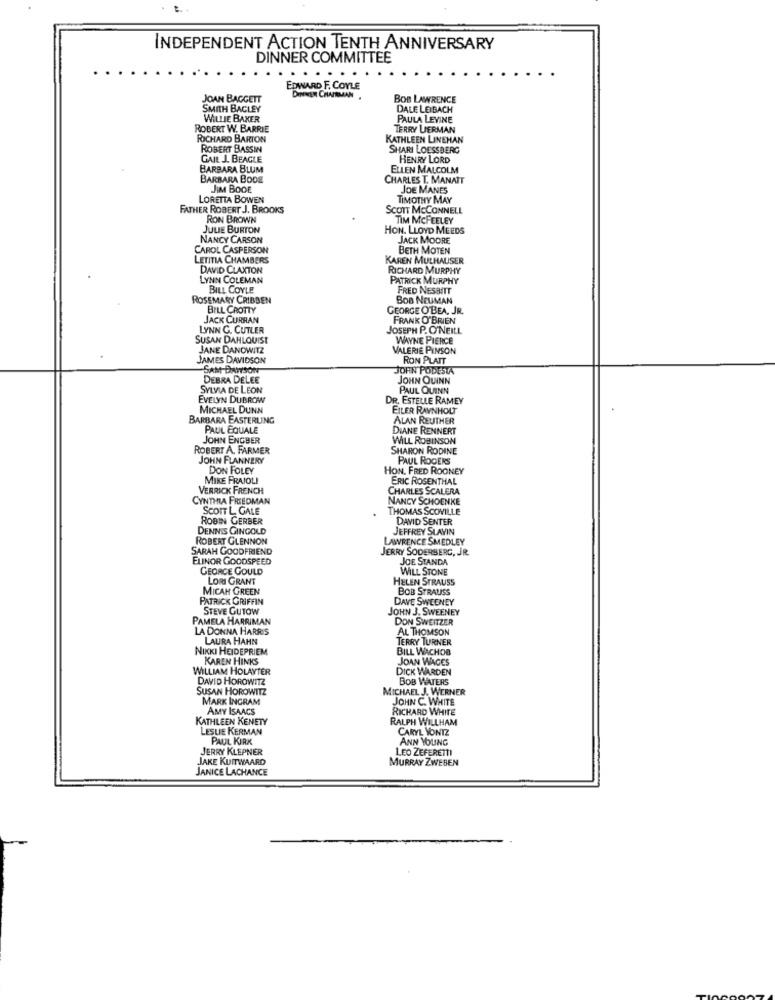
INDEPENDENT ACTION TENTH ANNIVERSARY
DINNER COMMITTEE
.......
EDWARD F. COMLE
JOAN BAGGETT
DINNER CHAIRMAN .
BOB LAWRENCE
SMITH BAGLEY
DALE LEIBACH
WILLIE BAKER
PAULA LEVINE
ROBERT W. BARRIE
TERRY LERMAN
RICHARD BARTON
KATHLEEN LINEHAN
ROBERT BASSIN
SHARI LOESSBERG
GAIL J. BEAGLE
HENRY LORD
BARBARA BLUM
ELLEN MALCOLM
BARBARA BODE
CHARLES T. MANAIT
JIM BODE
JOE MANES
LORETTA BOWEN
TIMOTHY MAY
FATHER ROBERT J. BROOKS
SCOTT MCCONNELL
RON BROWN
TIM MCFEELEY
JULIE BURTON
HON. LLOYD MEEDS
NANCY CARSON
JACK MOORE
CAROL CASPERSON
BETH MOTEN
LETITIA CHAMBERS
KAREN MULHALISER
DAVID CLAXTON
RICHARD MURPHY
LYNN COLEMAN
PATRICK MURPHY
BILL COYLE
FRED NESBITT
ROSEMARY CRIBBEN
BOB NEUMAN
BILL CROTTY
GEORGE O'BEA, JR.
JACK CURRAN
FRANK O'BRIEN
LYNN G. CUTLER
JOSEPH P. O'NEILL
SUSAN DAHLQUIST
WAYNE PIERCE
JANE DANOWITZ
VALERIE PINSON
JAMES DAVIDSON
RON PLATT
-SAM-DAWSON
JOHN PODESTA
DEBRA DELEE
JOHN QUINN
SYLVIA DE LEON
PAUL QUINN
EVELYN DUBROW
DR. ESTELLE RAMEY
MICHAEL DUNN
EILER RAVNHOLT
BARBARA EASTERLING
ALAN REUTHER
PAUL EQUALE
DIANE RENNERT
JOHN ENGBER
WILL ROBINSON
ROBERT A. FARMER
SHARON RODINE
JOHN FLANNERY
PAUL ROGERS
DON FOLEY
HON. FRED ROONEY
MIKE FRAIOLI
ERIC ROSENTHAL
VERRICK FRENCH
CHARLES SCALERA
CYNTHIA FRIEDMAN
NANCY SCHOENKE
SCOTT L GALE
THOMAS SCOVILLE
ROBIN GERBER
DAVID SENTER
DENNIS GINGOLD
JEFFREY SLAVIN
ROBERT GLENNON
LAWRENCE SMEDLEY
SARAH GOODFRIEND
JERRY SODERBERG, JR.
ELINOR GOODSPEED
JOE STANDA
GEORGE GOULD
WILL STONE
LORI GRANT
HELEN STRAUSS
MICAH GREEN
BOB STRAUSS
PATRICK GRIFFIN
DAVE SWEENEY
STEVE GUTOW
JOHN J. SWEENEY
PAMELA HARRIMAN
DON SWEITZER
LA DONNA HARRIS
AL THOMSON
LAURA HAHN
TERRY TURNER
NIKKI HEIDEPRIEM
BILL WACHOB
KAREN HINKS
JOAN WAGES
WILLIAM HOLAYTER
DICK WARDEN
DAVID HOROWITZ
BOB WATERS
SUSAN HOROWITZ
MICHAEL J. WERNER
MARK INGRAM
JOHN C. WHITE
AMY ISAACS
RICHARD WHITE
KATHLEEN KENETY
RALPH WILLHAM
LESLIE KERMAN
CARYL WONTZ
PAUL KIRK
ANN YOUNG
JERRY KLEPNER
LEO ZEFERETTI
JAKE KUITWAARD
MURRAY ZWESEN
JANICE LACHANCE